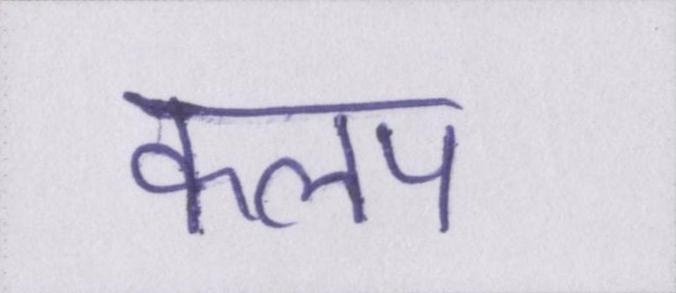
कलप